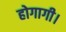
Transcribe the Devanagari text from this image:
होगागी।